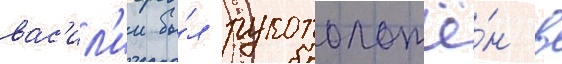
вас'ил'ии бы́л рукоположё́н в